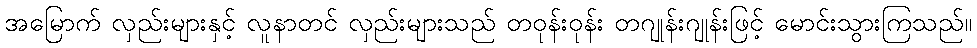
အမြောက် လှည်းများနှင့် လူနာတင် လှည်းများသည် တဝုန်းဝုန်း တဂျုန်းဂျုန်းဖြင့် မောင်းသွားကြသည်။